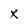
Character: X